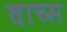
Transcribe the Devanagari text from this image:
वाच्स